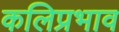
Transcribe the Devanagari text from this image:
कलिप्रभाव